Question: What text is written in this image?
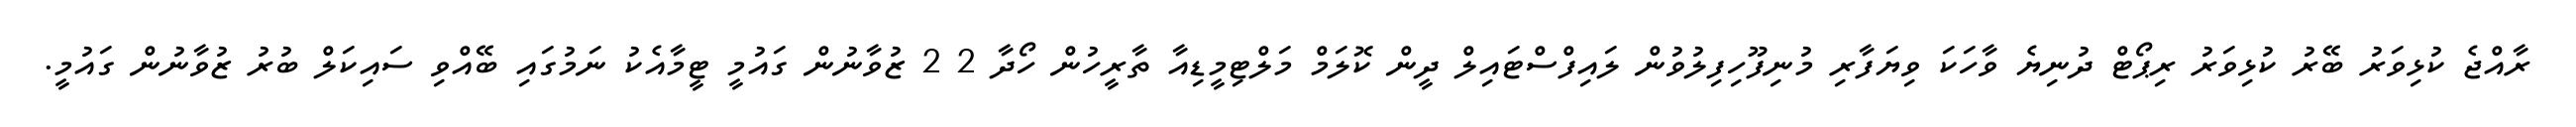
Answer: ރާއްޖެ ކުޅިވަރު ބޭރު ކުޅިވަރު ރިޕޯޓް ދުނިޔެ ވާހަކަ ވިޔަފާރި މުނިފޫހިފިލުވުން ލައިފްސްޓައިލް ދީން ކޮލަމް މަލްޓިމީޑިއާ ތާރީހުން ހޯދާ 2 2 ޒުވާނުން ގައުމީ ޓީމާއެކު ނަމުގައި ބޭއްވި ސައިކަލް ބުރު ޒުވާނުން ގައުމީ.